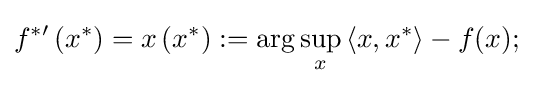
f^{{*}\prime }\left(x^{*}\right)=x\left(x^{*}\right):=\arg \sup _{x}{\langle x,x^{*}\rangle }-f(x);